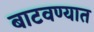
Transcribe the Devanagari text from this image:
बाटवण्यात